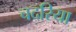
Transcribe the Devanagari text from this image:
चदरिया